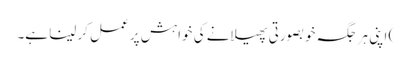
) اپنی ہر جگہ خوبصورتی پھیلانے کی خواہش پر عمل کر لینا ہے۔